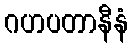
ဂဟပတာနီနံ